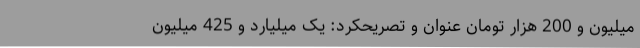
میلیون و 200 هزار تومان عنوان و تصریحکرد: یک میلیارد و 425 میلیون